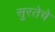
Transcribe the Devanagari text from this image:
सुरतेचे